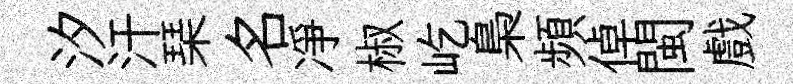
汐汗琹名凈椒屹梟頻倬閩戲